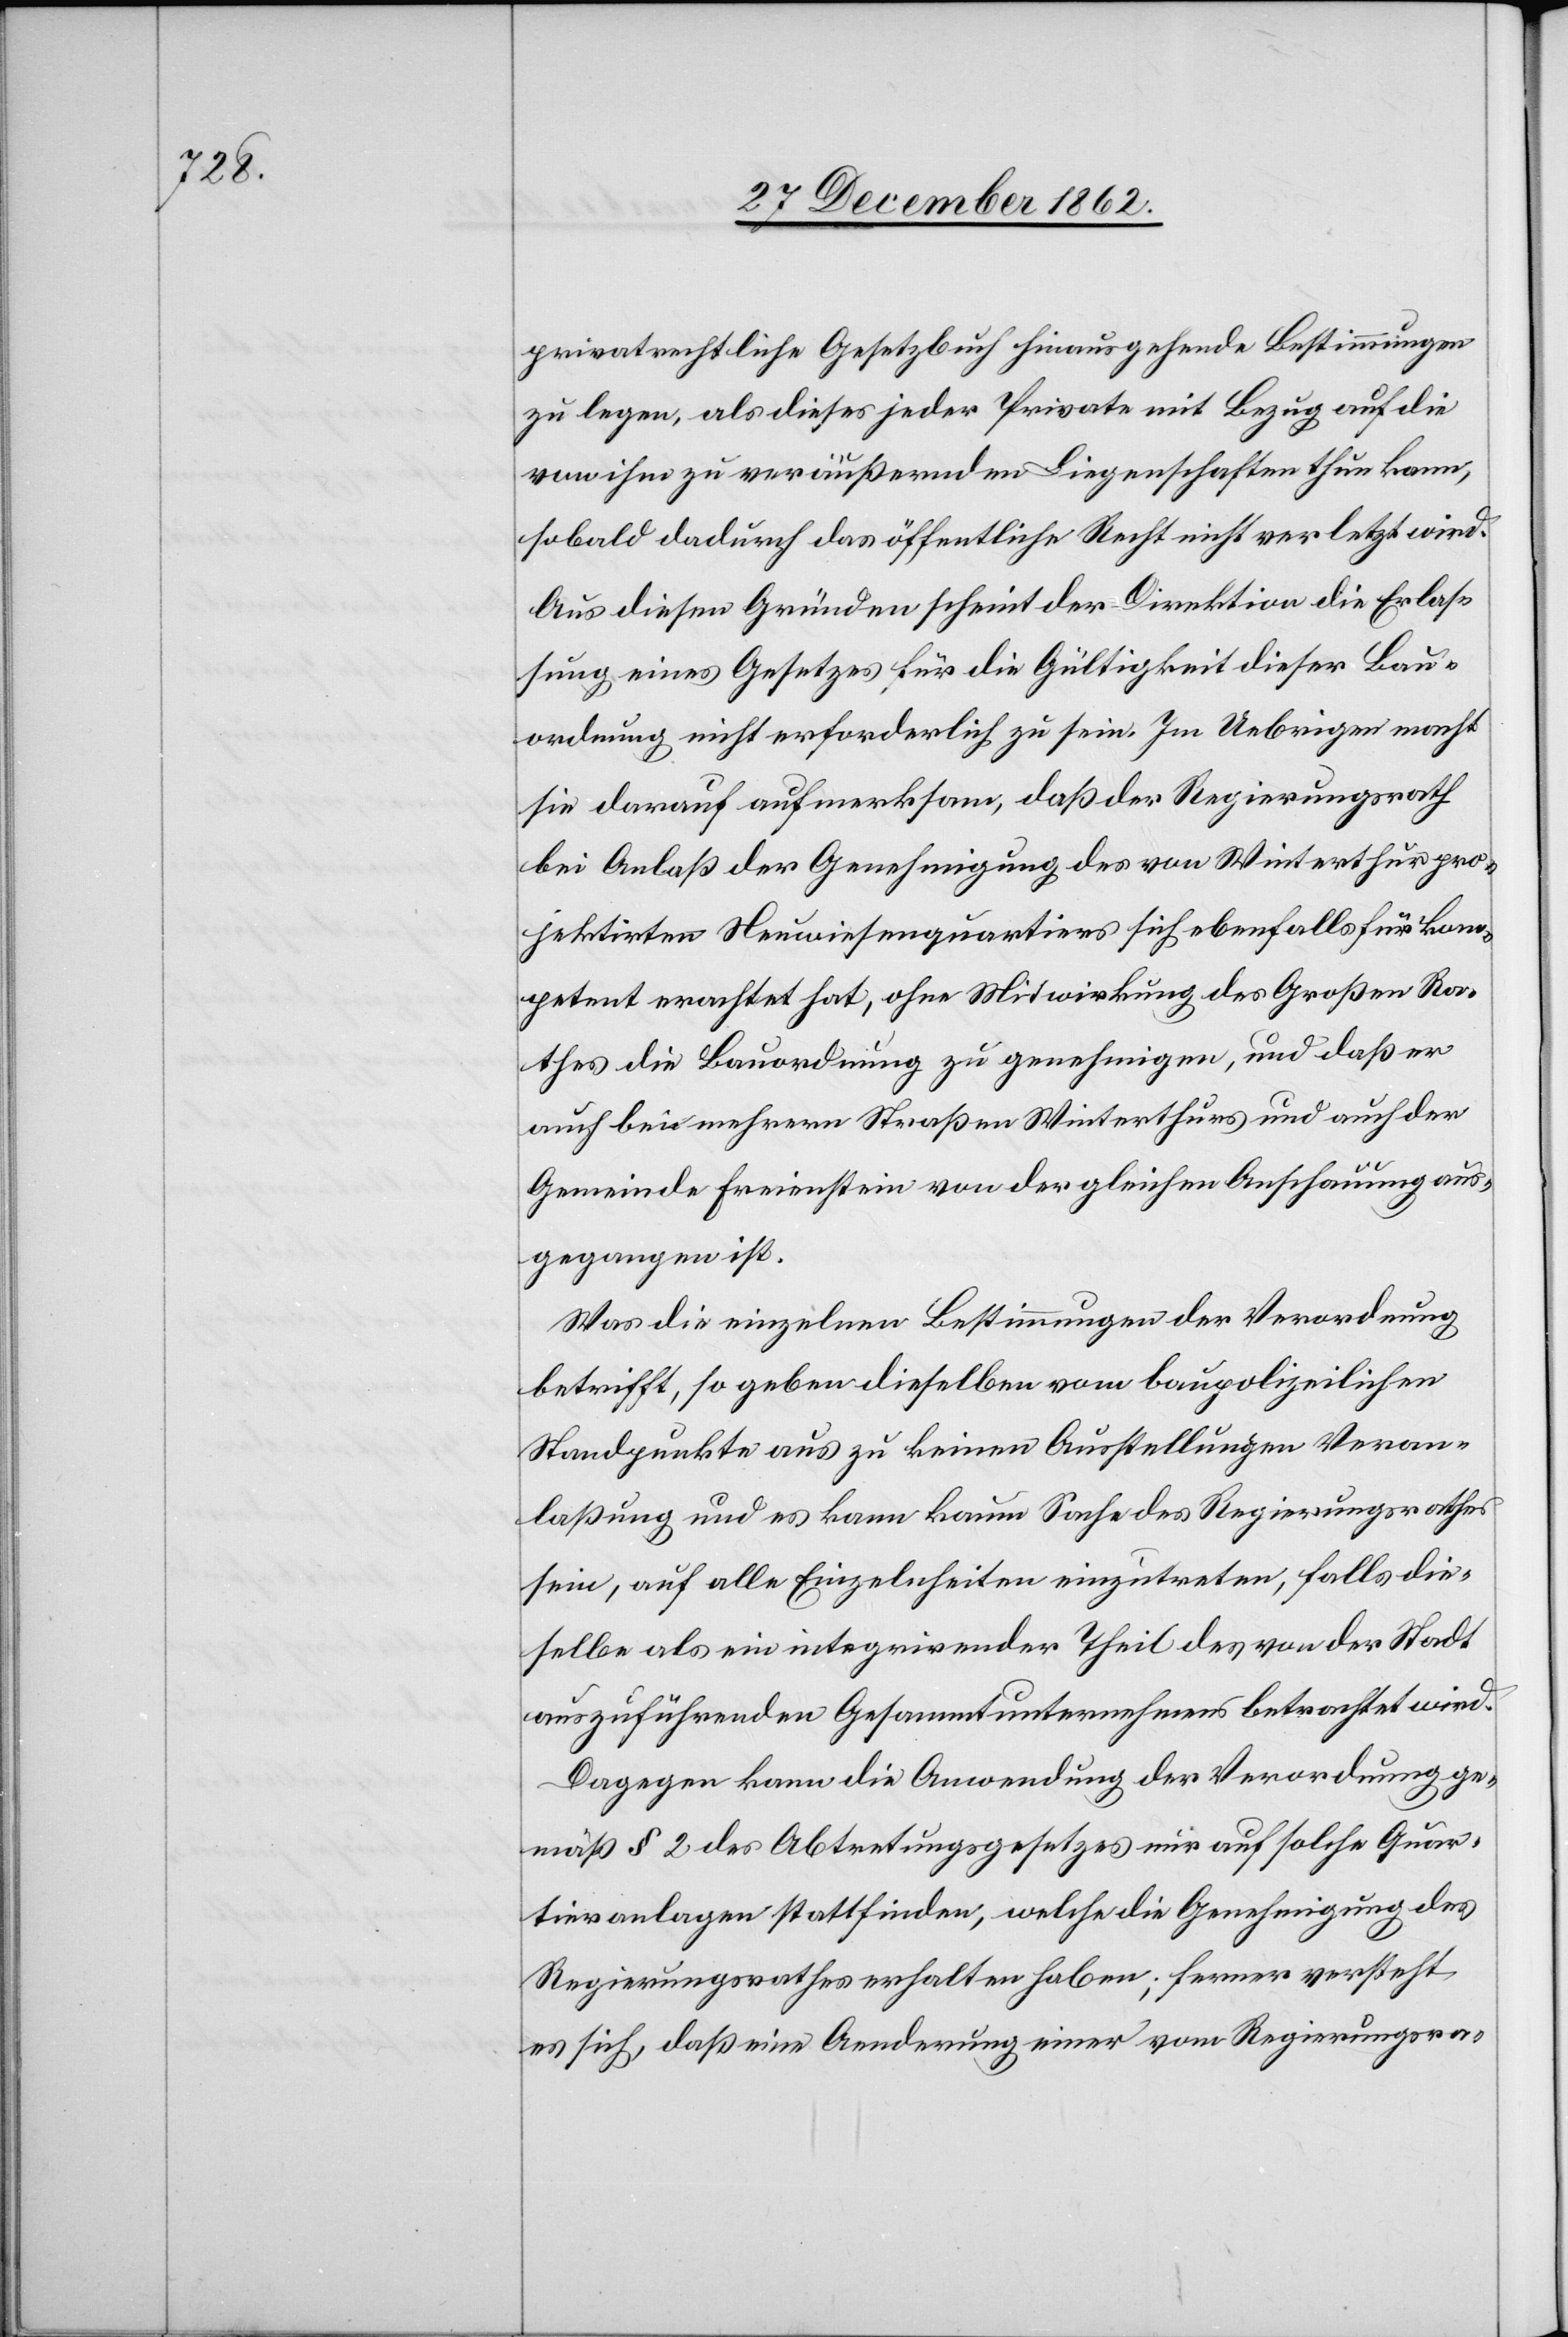
privatrechtliche Gesetzbuch hinaus gehende Bestimmungen
zu legen, als dieses jeder Private mit Bezug auf die
von ihm zu veräußernden Liegenschaften thun kann,
so bald dadurch das öffentliche Recht nicht verletzt wird.
Aus diesen Gründen scheint der Direktion die Erlas¬
sung eines Gesetzes für die Gültigkeit dieser Bau¬
ordnung nicht erforderlich zu sein. Im Uebrigen macht
sie darauf aufmerksam, daß der Regierungsrath
bei Anlaß der Genehmigung des von Winterthur pro¬
jektirten Neuwiesenquartiers sich ebenfalls für kom¬
petent erachtet hat, ohne Mitwirkung des Großen Ra¬
thes die Bauordnung zu genehmigen, und daß er
auch bei mehrern Straßen Winterthurs und auch der
Gemeinde Freienstein von der gleichen Anschauung aus¬
gegangen ist.
Was die einzelnen Bestimmungen der Verordnung
betrifft, so gehen dieselben vom baupolizeilichen
Standpunkte aus zu keinen Ausstellungen Veran¬
laßung und es kann kaum Sache des Regierungsrathes
sein, auf alle Einzelnheiten [sic!] einzutreten, falls die¬
selbe als ein integrirender Theil des von der Stadt
auszuführenden Gesammtunternehmens betrachtet wird.
Dagegen kann die Anwendung der Verordnung ge¬
mäß § 2 des Abtretungsgesetzes nur auf solche Quar¬
tieranlagen stattfinden, welche die Genehmigung des
Regierungsrathes erhalten haben; ferner versteht
es sich, daß eine Aenderung einer vom Regierungsra-